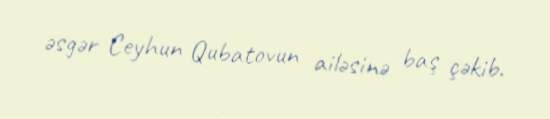
əsgər Ceyhun Qubatovun ailəsinə baş çəkib.